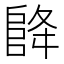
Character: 𮥃